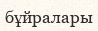
бұйралары